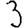
Digit: 3